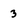
Character: 3